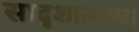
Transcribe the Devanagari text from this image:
सादृशात्मकः।